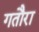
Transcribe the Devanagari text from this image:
गतौरा